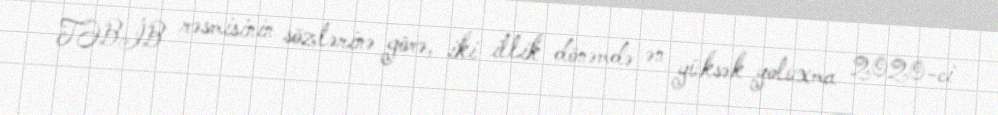
TƏBİB rəsmisinin sözlərinə görə, iki illik dönəmdə ən yüksək yoluxma 2020-ci